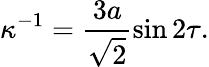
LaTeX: \kappa^{-1}=\frac{3a}{\sqrt{2}}\sin 2\tau.